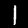
Label: 1